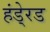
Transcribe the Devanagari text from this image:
हंडे्रड